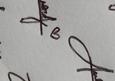
Signature authenticity: genuine